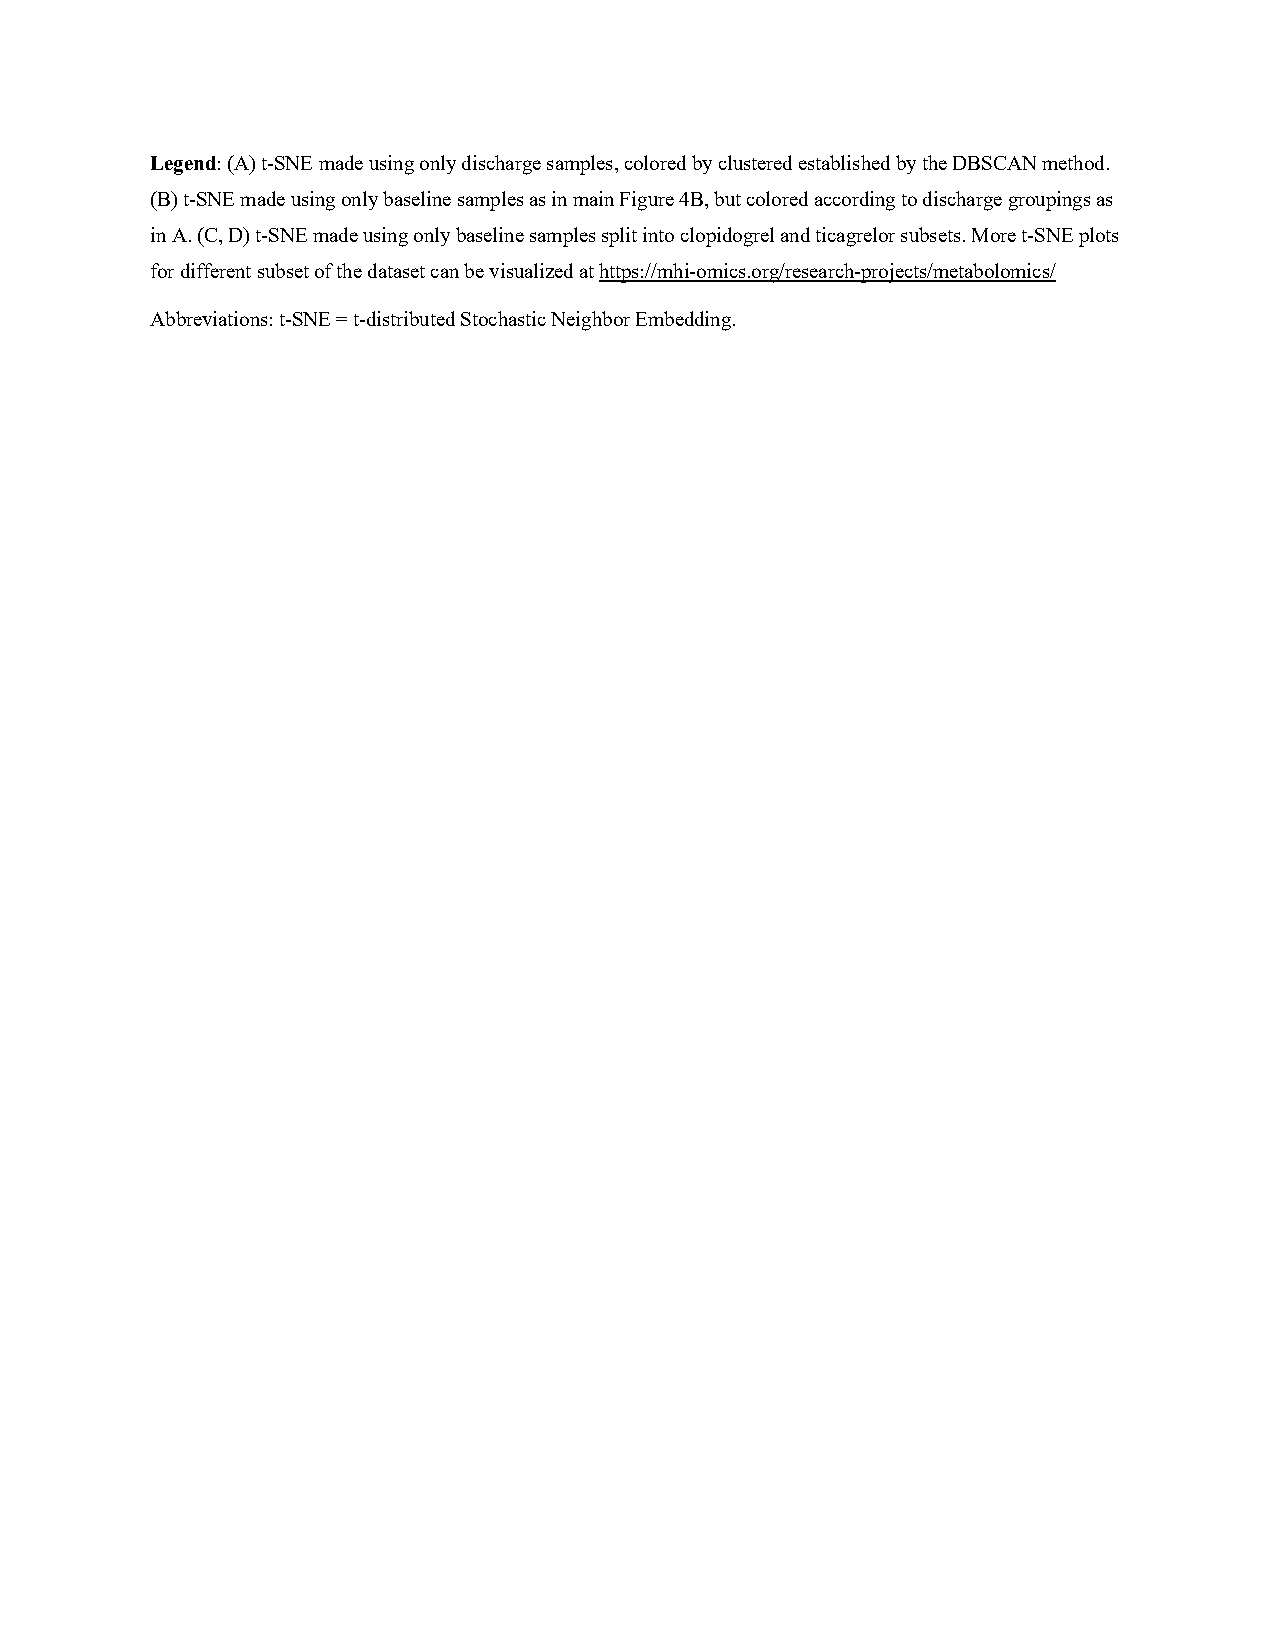
Legend: (A) t-SNE made using only discharge samples, colored by clustered established by the DBSCAN method.
 (B) t-SNE made using only baseline samples as in main Figure 4B, but colored according to discharge groupings as
 in A. (C, D) t-SNE made using only baseline samples split into clopidogrel and ticagrelor subsets. More t-SNE plots
 for different subset of the dataset can be visualized at https://mhi-omics.org/research-projects/metabolomics/
 Abbreviations: t-SNE = t-distributed Stochastic Neighbor Embedding.